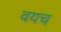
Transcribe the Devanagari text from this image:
वयच